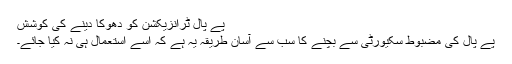
پے پال ٹرانزیکشن کو دھوکا دینے کی کوشش
پے پال کی مضبوط سکیورٹی سے بچنے کا سب سے آسان طریقہ یہ ہے کہ اسے استعمال ہی نہ کیا جائے۔